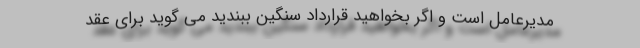
مدیرعامل است و اگر بخواهید قرارداد سنگین ببندید می گوید برای عقد